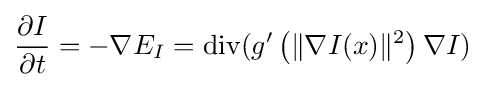
{\frac {\partial I}{\partial t}}=-\nabla E_{I}=\operatorname {div} (g'\left(\|\nabla I(x)\|^{2}\right)\nabla I)